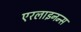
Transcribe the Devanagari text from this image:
एरलाइनन्स